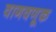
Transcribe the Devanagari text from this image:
वागवणूक